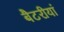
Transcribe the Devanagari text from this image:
बैटरीयां